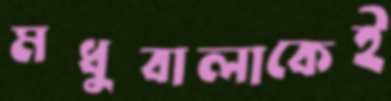
মধুবালাকেই